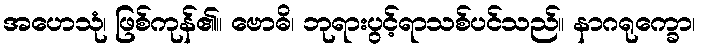
အဟေသုံ၊ ဖြစ်ကုန်၏။ ဗောဓိ၊ ဘုရားပွင့်ရာသစ်ပင်သည်။ နာဂရုက္ခော၊